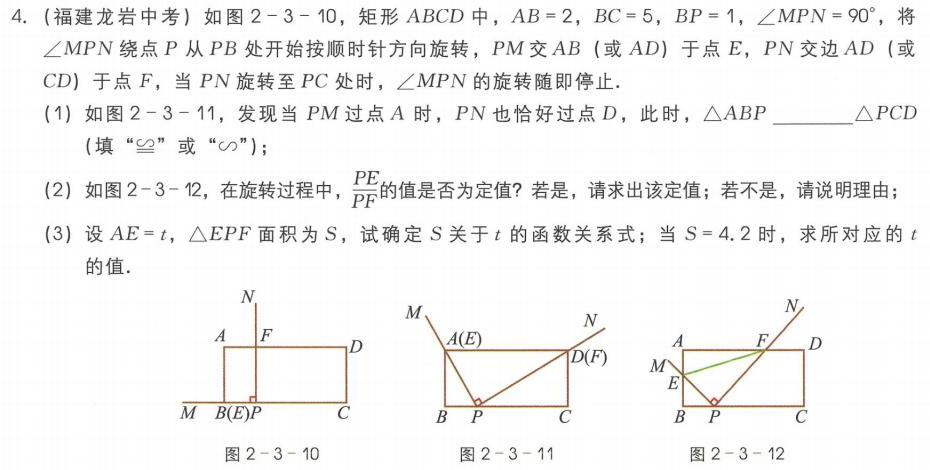
4. (福建龙岩中考) 如图2 - 3 - 10，矩形\(ABCD\)中，\(AB = 2\)，\(BC = 5\)，\(BP = 1\)，\(\angle MPN=90^{\circ}\)，将\(\angle MPN\)绕点\(P\)从\(PB\)处开始按顺时针方向旋转，\(PM\)交\(AB\) (或\(AD\)) 于点\(E\)，\(PN\)交边\(AD\) (或\(CD\)) 于点\(F\)，当\(PN\)旋转至\(PC\)处时，\(\angle MPN\)的旋转随即停止．
(1) 如图2 - 3 - 11，发现当\(PM\)过点\(A\)时，\(PN\)也恰好过点\(D\)，此时，\(\triangle ABP\)______\(\triangle PCD\) (填 “\(\cong\)” 或 “\(\backsim\)”)；
(2) 如图2 - 3 - 12，在旋转过程中，\(\frac{PE}{PF}\)的值是否为定值？若是，请求出该定值；若不是，请说明理由；
(3) 设\(AE = t\)，\(\triangle EPF\)面积为\(S\)，试确定\(S\)关于\(t\)的函数关系式；当\(S = 4.2\)时，求所对应的\(t\)的值．

\begin{figure}[h]
\centering
\begin{minipage}[t]{0.3\textwidth}
\centering
\includegraphics[width=\textwidth]{图2 - 3 - 10}
\caption{图2 - 3 - 10}
\end{minipage}
\begin{minipage}[t]{0.3\textwidth}
\centering
\includegraphics[width=\textwidth]{图2 - 3 - 11}
\caption{图2 - 3 - 11}
\end{minipage}
\begin{minipage}[t]{0.3\textwidth}
\centering
\includegraphics[width=\textwidth]{图2 - 3 - 12}
\caption{图2 - 3 - 12}
\end{minipage}
\end{figure}